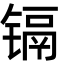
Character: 镉